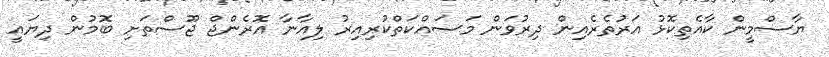
ޔާސްމީން ކާއެތިކޮޅު އަރުތެރެއިން ދިރުވަން މަސައްކަތްކުރިއިރު ލިއާނާ އޮރެންޖް ޖޫސްތަށި ބޮމުން ދިޔައީ